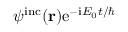
\psi ^ { \mathrm { i n c } } ( { \bf r } ) \mathrm { e } ^ { - \mathrm { i } E _ { 0 } t / \hbar }